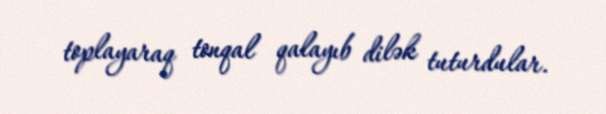
toplayaraq tonqal qalayıb dilək tuturdular.